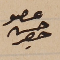
عضو حسن حصِر